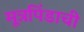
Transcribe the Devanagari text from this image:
मूत्रपिंडाची